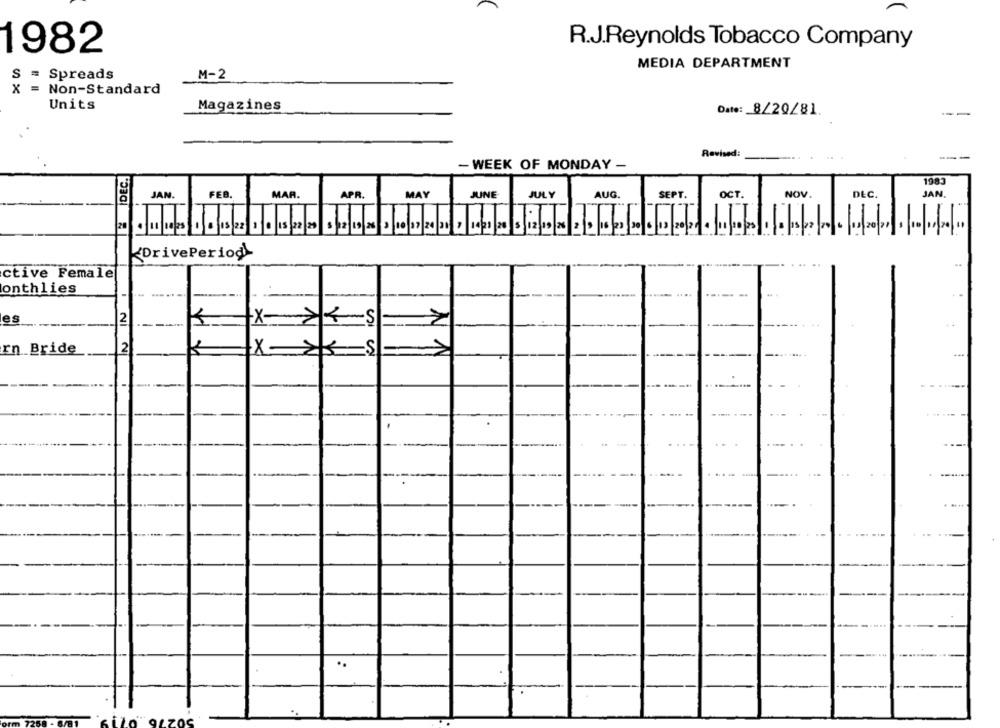
R.J.Reynolds Tobacco Company
1982
MEDIA DEPARTMENT
S
Spreads
M-2
x
=
Non-Standard
Units
Magazines
Date: 8/20/81
--
Revised:
- WEEK OF MONDAY -
2 DEC.
1983
JAN.
FEB.
MAR.
APR.
MAY
JUNE
JULY
AUG.
SEPT.
OCT.
NOV.
DEC.
JAN
.
DrivePeriod
ctive Female
onthlies
es
2
X 2KS
2
rn Bride
-S
..